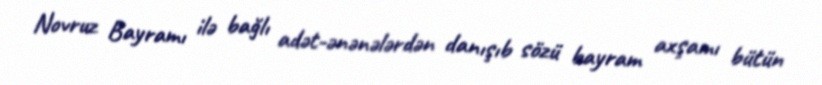
Novruz Bayramı ilə bağlı adət-ənənələrdən danışıb sözü bayram axşamı bütün